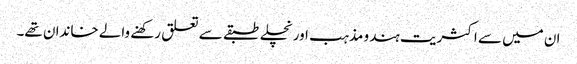
ان میں سے اکثریت ہندو مذہب اور نچلے طبقے سے تعلق رکھنے والے خاندان تھے۔